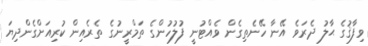
ވިފާޤުގެ ޙާލު ދެރަވެ އޭނާ ހޭނެތިގެން ވެއްޓުނީ ފުލުހުންގެ ތަމްރީނުގެ ތެރެއިން ކުރިއަށްގެންދިޔަ